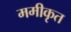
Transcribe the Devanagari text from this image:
ममीकृत